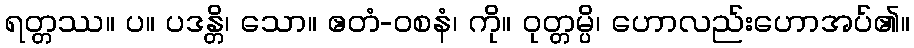
ရတ္တဿ။ ပ။ ပဒန္တိ၊ သော။ ဧတံ-ဝစနံ၊ ကို။ ဝုတ္တမ္ပိ၊ ဟောလည်းဟောအပ်၏။